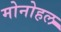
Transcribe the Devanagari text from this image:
मोनोहल